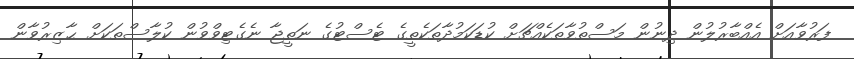
ފަރުވާއަށް އެއްބާރުލުން ދިނުން މަސްތުވާތަކެއްޗަށް ކުޑަކަމުދާތަކެތީގެ ޓެސްޓުގެ ނަތީޖާ ނެގެޓިވްވުން ކުލާސްތަކަށް ޙާޒިރުވާން